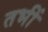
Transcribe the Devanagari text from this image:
तभीं